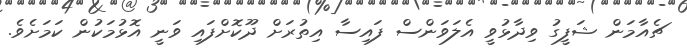
ޗެއާމަން ޝަފީގު ވިދާޅުވީ އެލަވަންސް ފައިސާ އިތުރަށް ދޫކޮށްފައި ވަނީ އޮޅުމަކުން ކަމަށެވެ.